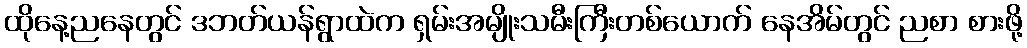
ထိုနေ့ညနေတွင် ဒဘတ်ယန်ရွာထဲက ရှမ်းအမျိုးသမီးကြီးတစ်ယောက် နေအိမ်တွင် ညစာ စားဖို့